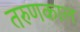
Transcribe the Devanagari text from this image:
तरुणकाल